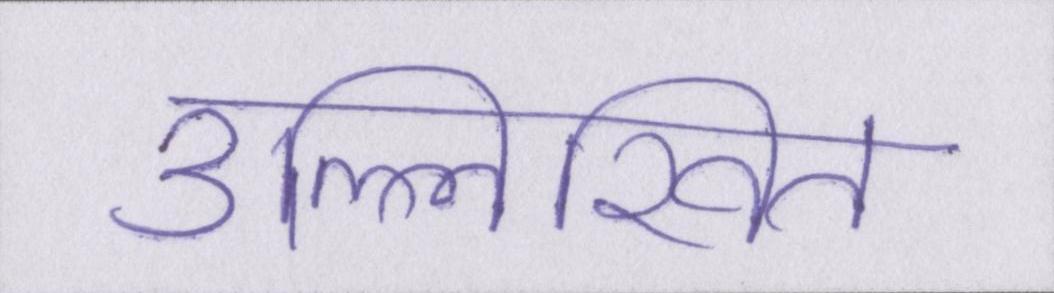
उल्लिखित